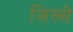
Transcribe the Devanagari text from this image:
जिस्‍से